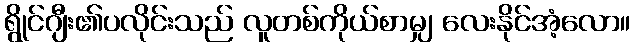
ရွိုင်ဂျီး၏ပလိုင်းသည် လူတစ်ကိုယ်စာမျှ လေးနိုင်အံ့လော။